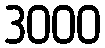
3000